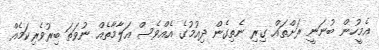
އެމީހުން ބުނަނީ ރަށްތައް ގިރި ނެތިގެން ދިއުމުގެ އެއްވެސް އަލާމާތެއް ނުވަތަ ބިރުވެރިކަމެއް